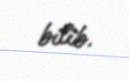
bilib.